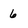
Character: 6